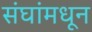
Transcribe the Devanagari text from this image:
संघांमधून